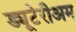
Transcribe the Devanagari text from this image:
ड्यूटेरीअम